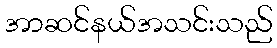
အာဆင်နယ်အသင်းသည်